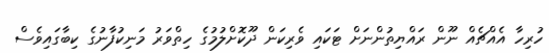
ހުރިހާ އެއްޗެއް ނޫން ރައްޔިތުންނަށް ޓަކައި ވެރިކަން ދޫކޮށްލުމުގެ ހިތްވަރު މަނިކުފާނުގެ ކިބާގައިވެސް